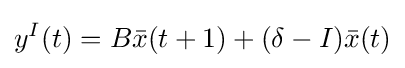
y^{I}(t)=B{\bar {x}}(t+1)+(\delta -I){\bar {x}}(t)